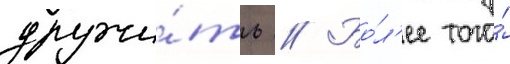
дружи́ть // Бо́л'ее того́